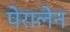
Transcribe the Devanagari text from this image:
पेरालेन